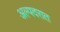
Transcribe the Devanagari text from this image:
अल्पदरात